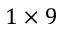
1 \times 9